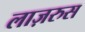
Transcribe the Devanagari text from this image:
लाज़रुस